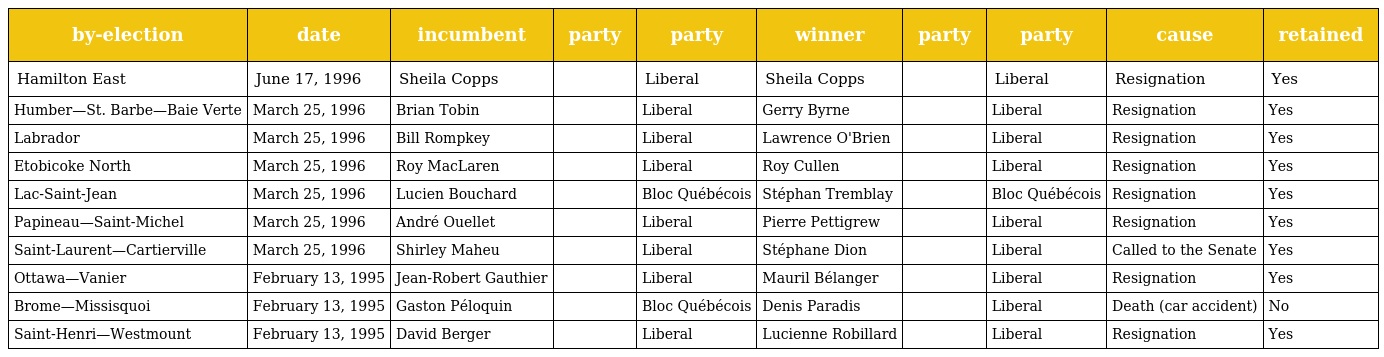
| by-election | date | incumbent | party | party | winner | party | party | cause | retained |
 | --- | --- | --- | --- | --- | --- | --- | --- | --- | --- |
 | Hamilton East | June 17, 1996 | Sheila Copps |  | Liberal | Sheila Copps |  | Liberal | Resignation | Yes |
 | Humber—St. Barbe—Baie Verte | March 25, 1996 | Brian Tobin |  | Liberal | Gerry Byrne |  | Liberal | Resignation | Yes |
 | Labrador | March 25, 1996 | Bill Rompkey |  | Liberal | Lawrence O'Brien |  | Liberal | Resignation | Yes |
 | Etobicoke North | March 25, 1996 | Roy MacLaren |  | Liberal | Roy Cullen |  | Liberal | Resignation | Yes |
 | Lac-Saint-Jean | March 25, 1996 | Lucien Bouchard |  | Bloc Québécois | Stéphan Tremblay |  | Bloc Québécois | Resignation | Yes |
 | Papineau—Saint-Michel | March 25, 1996 | André Ouellet |  | Liberal | Pierre Pettigrew |  | Liberal | Resignation | Yes |
 | Saint-Laurent—Cartierville | March 25, 1996 | Shirley Maheu |  | Liberal | Stéphane Dion |  | Liberal | Called to the Senate | Yes |
 | Ottawa—Vanier | February 13, 1995 | Jean-Robert Gauthier |  | Liberal | Mauril Bélanger |  | Liberal | Resignation | Yes |
 | Brome—Missisquoi | February 13, 1995 | Gaston Péloquin |  | Bloc Québécois | Denis Paradis |  | Liberal | Death (car accident) | No |
 | Saint-Henri—Westmount | February 13, 1995 | David Berger |  | Liberal | Lucienne Robillard |  | Liberal | Resignation | Yes |